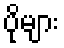
ပိုများ